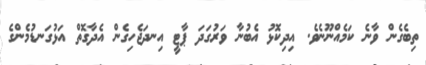
ތިބެގެން ވާނެ ކަމެއްނޫނެވެ. އިދިކޮޅު އެބުނާ ވަރުގަދަ ޕާޓީ އިނދަޖެހިގެން އެދާގޮތް އަޅުގަނޑުމެންގެ